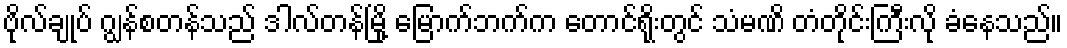
ဗိုလ်ချုပ် ဂျွန်စတန်သည် ဒါလ်တန်မြို့ မြောက်ဘက်က တောင်ရိုးတွင် သံမဏိ တံတိုင်းကြီးလို ခံနေသည်။